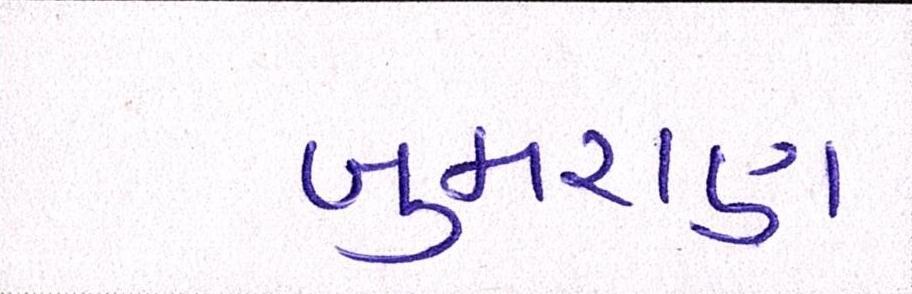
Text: બુમરાણ